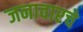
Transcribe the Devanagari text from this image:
जनावारचे